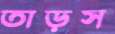
তাড়স